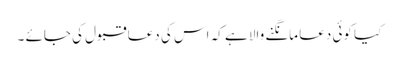
کیا کوئی دعا مانگنے والا ہے کہ اس کی دعا قبول کی جائے ۔